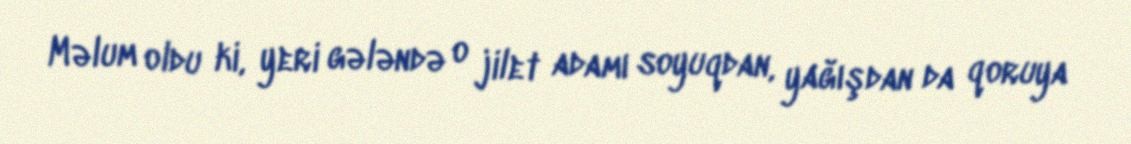
Məlum oldu ki, yeri gələndə o jilet adamı soyuqdan, yağışdan da qoruya